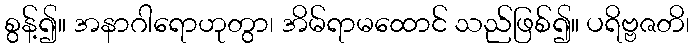
စွန့်၍။ အနာဂါရောဟုတွာ၊ အိမ်ရာမထောင် သည်ဖြစ်၍။ ပရိဗ္ဗဇတိ၊